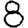
Digit: 8